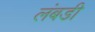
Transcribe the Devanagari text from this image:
लंबडी